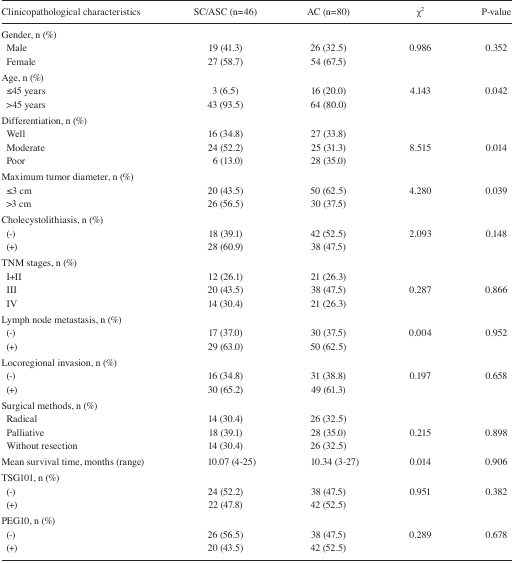
<table><thead><tr><td><b>Clinicopathological characteristics</b></td><td><b>SC/ASC (n=46)</b></td><td><b>AC (n=80)</b></td><td><b>χ<sup>2</sup></b></td><td><b>P-value</b></td></tr></thead><tbody><tr><td colspan="5">Gender, n (%)</td></tr><tr><td> Male</td><td>19 (41.3)</td><td>26 (32.5)</td><td>0.986</td><td>0.352</td></tr><tr><td> Female</td><td>27 (58.7)</td><td>54 (67.5)</td><td></td><td></td></tr><tr><td colspan="5">Age, n (%)</td></tr><tr><td> ≤45 years</td><td>3 (6.5)</td><td>16 (20.0)</td><td>4.143</td><td>0.042</td></tr><tr><td> &gt;45 years</td><td>43 (93.5)</td><td>64 (80.0)</td><td></td><td></td></tr><tr><td colspan="5">Differentiation, n (%)</td></tr><tr><td> Well</td><td>16 (34.8)</td><td>27 (33.8)</td><td></td><td></td></tr><tr><td> Moderate</td><td>24 (52.2)</td><td>25 (31.3)</td><td>8.515</td><td>0.014</td></tr><tr><td> Poor</td><td>6 (13.0)</td><td>28 (35.0)</td><td></td><td></td></tr><tr><td colspan="5">Maximum tumor diameter, n (%)</td></tr><tr><td> ≤3 cm</td><td>20 (43.5)</td><td>50 (62.5)</td><td>4.280</td><td>0.039</td></tr><tr><td> &gt;3 cm</td><td>26 (56.5)</td><td>30 (37.5)</td><td></td><td></td></tr><tr><td colspan="5">Cholecystolithiasis, n (%)</td></tr><tr><td> (−)</td><td>18 (39.1)</td><td>42 (52.5)</td><td>2.093</td><td>0.148</td></tr><tr><td> (+)</td><td>28 (60.9)</td><td>38 (47.5)</td><td></td><td></td></tr><tr><td colspan="5">TNM stages, n (%)</td></tr><tr><td> I+II</td><td>12 (26.1)</td><td>21 (26.3)</td><td></td><td></td></tr><tr><td> III</td><td>20 (43.5)</td><td>38 (47.5)</td><td>0.287</td><td>0.866</td></tr><tr><td> IV</td><td>14 (30.4)</td><td>21 (26.3)</td><td></td><td></td></tr><tr><td colspan="5">Lymph node metastasis, n (%)</td></tr><tr><td> (−)</td><td>17 (37.0)</td><td>30 (37.5)</td><td>0.004</td><td>0.952</td></tr><tr><td> (+)</td><td>29 (63.0)</td><td>50 (62.5)</td><td></td><td></td></tr><tr><td colspan="5">Locoregional invasion, n (%)</td></tr><tr><td> (−)</td><td>16 (34.8)</td><td>31 (38.8)</td><td>0.197</td><td>0.658</td></tr><tr><td> (+)</td><td>30 (65.2)</td><td>49 (61.3)</td><td></td><td></td></tr><tr><td colspan="5">Surgical methods, n (%)</td></tr><tr><td> Radical</td><td>14 (30.4)</td><td>26 (32.5)</td><td></td><td></td></tr><tr><td> Palliative</td><td>18 (39.1)</td><td>28 (35.0)</td><td>0.215</td><td>0.898</td></tr><tr><td> Without resection</td><td>14 (30.4)</td><td>26 (32.5)</td><td></td><td></td></tr><tr><td>Mean survival time, months (range)</td><td>10.07 (4–25)</td><td>10.34 (3–27)</td><td>0.014</td><td>0.906</td></tr><tr><td colspan="5">TSG101, n (%)</td></tr><tr><td> (−)</td><td>24 (52.2)</td><td>38 (47.5)</td><td>0.951</td><td>0.382</td></tr><tr><td> (+)</td><td>22 (47.8)</td><td>42 (52.5)</td><td></td><td></td></tr><tr><td colspan="5">PEG10, n (%)</td></tr><tr><td> (−)</td><td>26 (56.5)</td><td>38 (47.5)</td><td>0.289</td><td>0.678</td></tr><tr><td> (+)</td><td>20 (43.5)</td><td>42 (52.5)</td><td></td><td></td></tr></tbody></table>